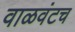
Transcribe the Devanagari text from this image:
वाळवंटच